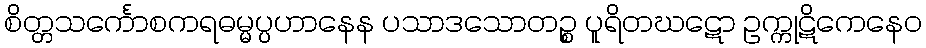
စိတ္တသင်္ကောစကရဓမ္မပ္ပဟာနေန ပသာဒသောတဉ္စ ပူရိတဃဋော ဥက္ကုဋိကေနေဝ